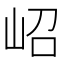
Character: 岹